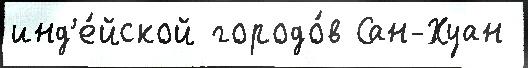
инд'е́йской городо́в Сан-Хуан